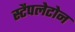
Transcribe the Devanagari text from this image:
स्टैपलेटोन